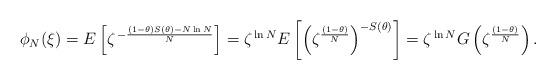
LaTeX: \begin{align*}\phi_N(\xi) = E\left[\zeta^{\,-\frac{(1 - \theta) S(\theta) - N \ln N}{N}}\right]= \zeta^{\,\ln N} E\left[\left(\zeta^{\frac{(1 - \theta)}{N}}\right)^{-S(\theta)}\right]= \zeta^{\,\ln N} G\left(\zeta^{\frac{(1 - \theta)}{N}}\right).\end{align*}